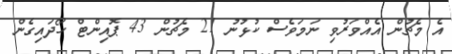
އެ މެޗުން އެއްވަރުވި ނަމަވެސް ކުޅުނު 21 މެޗުން 43 ޕޮއިންޓް ހޯދައިގެން